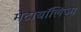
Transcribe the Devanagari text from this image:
मेटाबॉलिज्म